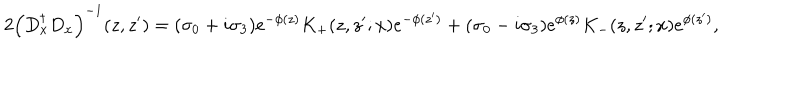
LaTeX: 2 \left( D _ { x } ^ { \dagger } D _ { x } \right) ^ { - 1 } ( z , z ^ { \prime } ) = ( \sigma _ { 0 } + i \sigma _ { 3 } ) e ^ { - \phi ( z ) } K _ { + } ( z , z ^ { \prime } ; x ) e ^ { - \phi ( z ^ { \prime } ) } + ( \sigma _ { 0 } - i \sigma _ { 3 } ) e ^ { \phi ( z ) } K _ { - } ( z , z ^ { \prime } ; x ) e ^ { \phi ( z ^ { \prime } ) } ,